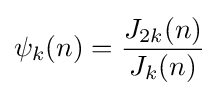
\psi _{k}(n)={\frac {J_{2k}(n)}{J_{k}(n)}}